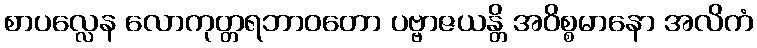
စာပလ္လေန လောကုတ္တရဘာဝတော ပဗ္ဗာဇယန္တိ အဝိစ္စမာနော အလိကံ